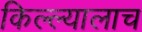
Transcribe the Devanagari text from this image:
किल्ल्यालाच